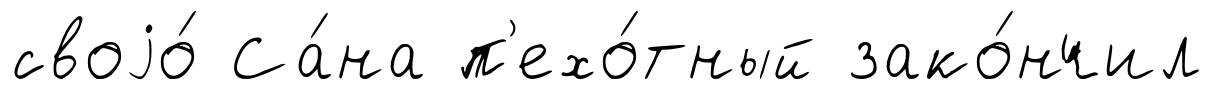
своjо́ Са́на п'ехо́тный зако́нчил